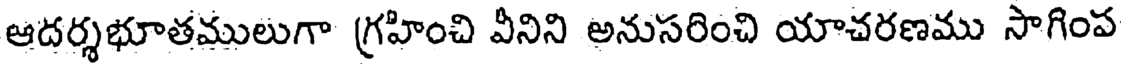
ఆదర్శభూతములుగా గ్రహించి వీనిని అనుసరించి యాచరణము సాగింప